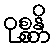
ဝုစ္စန္တိ